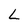
Character: L